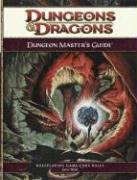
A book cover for Dungeons & Dragons Dungeon Master's Guide: Roleplaying Game Core Rules, 4th Edition; Wizards RPG Team; Science Fiction & Fantasy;